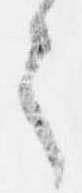
之